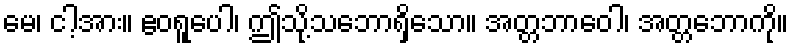
မေ၊ ငါ့အား။ ဧဝရူပေါ၊ ဤသို့သဘောရှိသော။ အတ္တဘာဝေါ၊ အတ္တဘောကို။